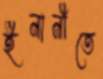
ইনানীতে